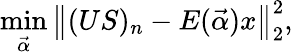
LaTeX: \operatorname*{min}_{\vec{\alpha}}\left\| (US)_{n}-E(\vec{\alpha})x\right\| _{2}^{2},